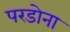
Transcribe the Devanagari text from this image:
परडोना